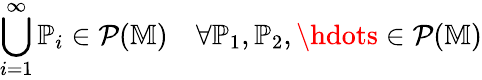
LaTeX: \bigcup_{i=1}^{\infty}\mathbb{P}_{i}\in\mathcal{P}(\mathbb{M})\quad\forall\mathbb{P}_{1},\mathbb{P}_{2},\hdots\in\mathcal{P}(\mathbb{M})